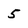
Character: 5